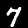
Digit: 7